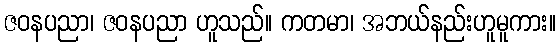
ဇဝနပညာ၊ ဇဝနပညာ ဟူသည်။ ကတမာ၊ အဘယ်နည်းဟူမူကား။